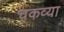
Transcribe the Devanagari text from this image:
चकव्या